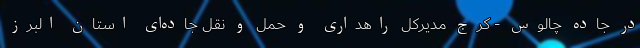
در جاده چالوس - کرج مدیرکل راهداری و حمل و نقل جاده‌ای استان البرز